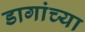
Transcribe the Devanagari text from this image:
डागांच्या